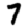
Digit: 7